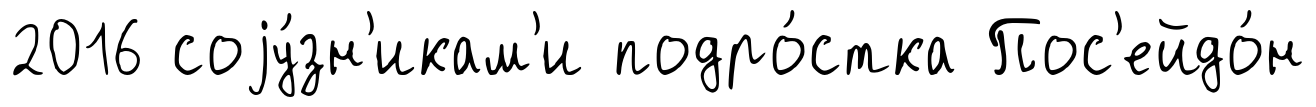
2016 соjу́зн'икам'и подро́стка Пос'ейдо́н